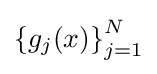
\left\{g_{j}(x)\right\}_{j=1}^{N}